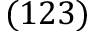
( 1 2 3 )